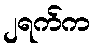
၂ရက်က